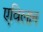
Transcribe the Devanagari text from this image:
एविलान